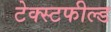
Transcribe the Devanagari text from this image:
टेक्स्टफील्ड